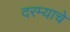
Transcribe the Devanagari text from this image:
दरम्याचे